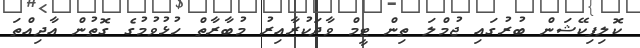
ކޮލިފިކޭޝަން ބުރުގައި ޖުމްލަ ތިން ޓީމް ވާދަކުރާއިރު މުބާރާތް ހުޅުވުމުގެ ގޮތުން އާދިއްތަ